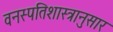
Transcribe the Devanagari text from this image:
वनस्पतिशास्त्रानुसार